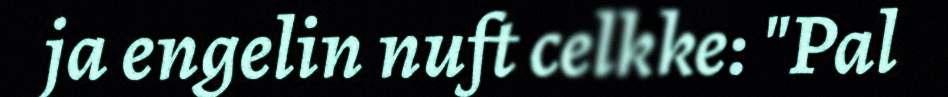
ja engelin nuft celkke: "Pal